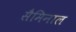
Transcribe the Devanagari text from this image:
सैमिनाल